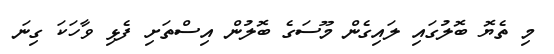
މި ތެޔޮ ބޮލުގައި ލައިގެން މޫސަގެ ބޮލުން އިސްތަށި ފެޅި ވާހަކަ ގިނަ